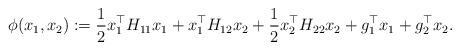
LaTeX: \begin{align*} \phi(x_1,x_2): = \frac{1}{2}x_1^\top H_{11}x_1 + x_1^\top H_{12} x_2 + \frac{1}{2}x_2^\top H_{22} x_2+ g_1^\top x_1 + g_2^\top x_2.\end{align*}